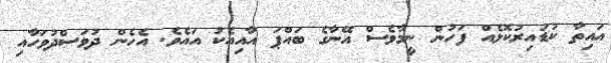
އައިތާ ކުޑައިރުކޮޅެއް ފަހުން ނީމާވެސް އޭނާގެ ބައްޕަ އާއިއެކު އައެވެ. އެހެން ދުވަސްދުވަހާއި